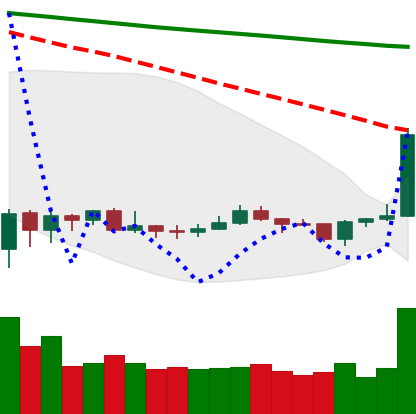
Ticker: XRP-USD
Chart end date: 2020-01-06
Forward return: -4.36%
Label: down_3_5